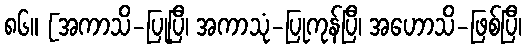
၈၆။ [အကာသိ-ပြုပြီ၊ အကာသုံ-ပြုကုန်ပြီ၊ အဟောသိ-ဖြစ်ပြီ၊